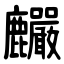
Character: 麣